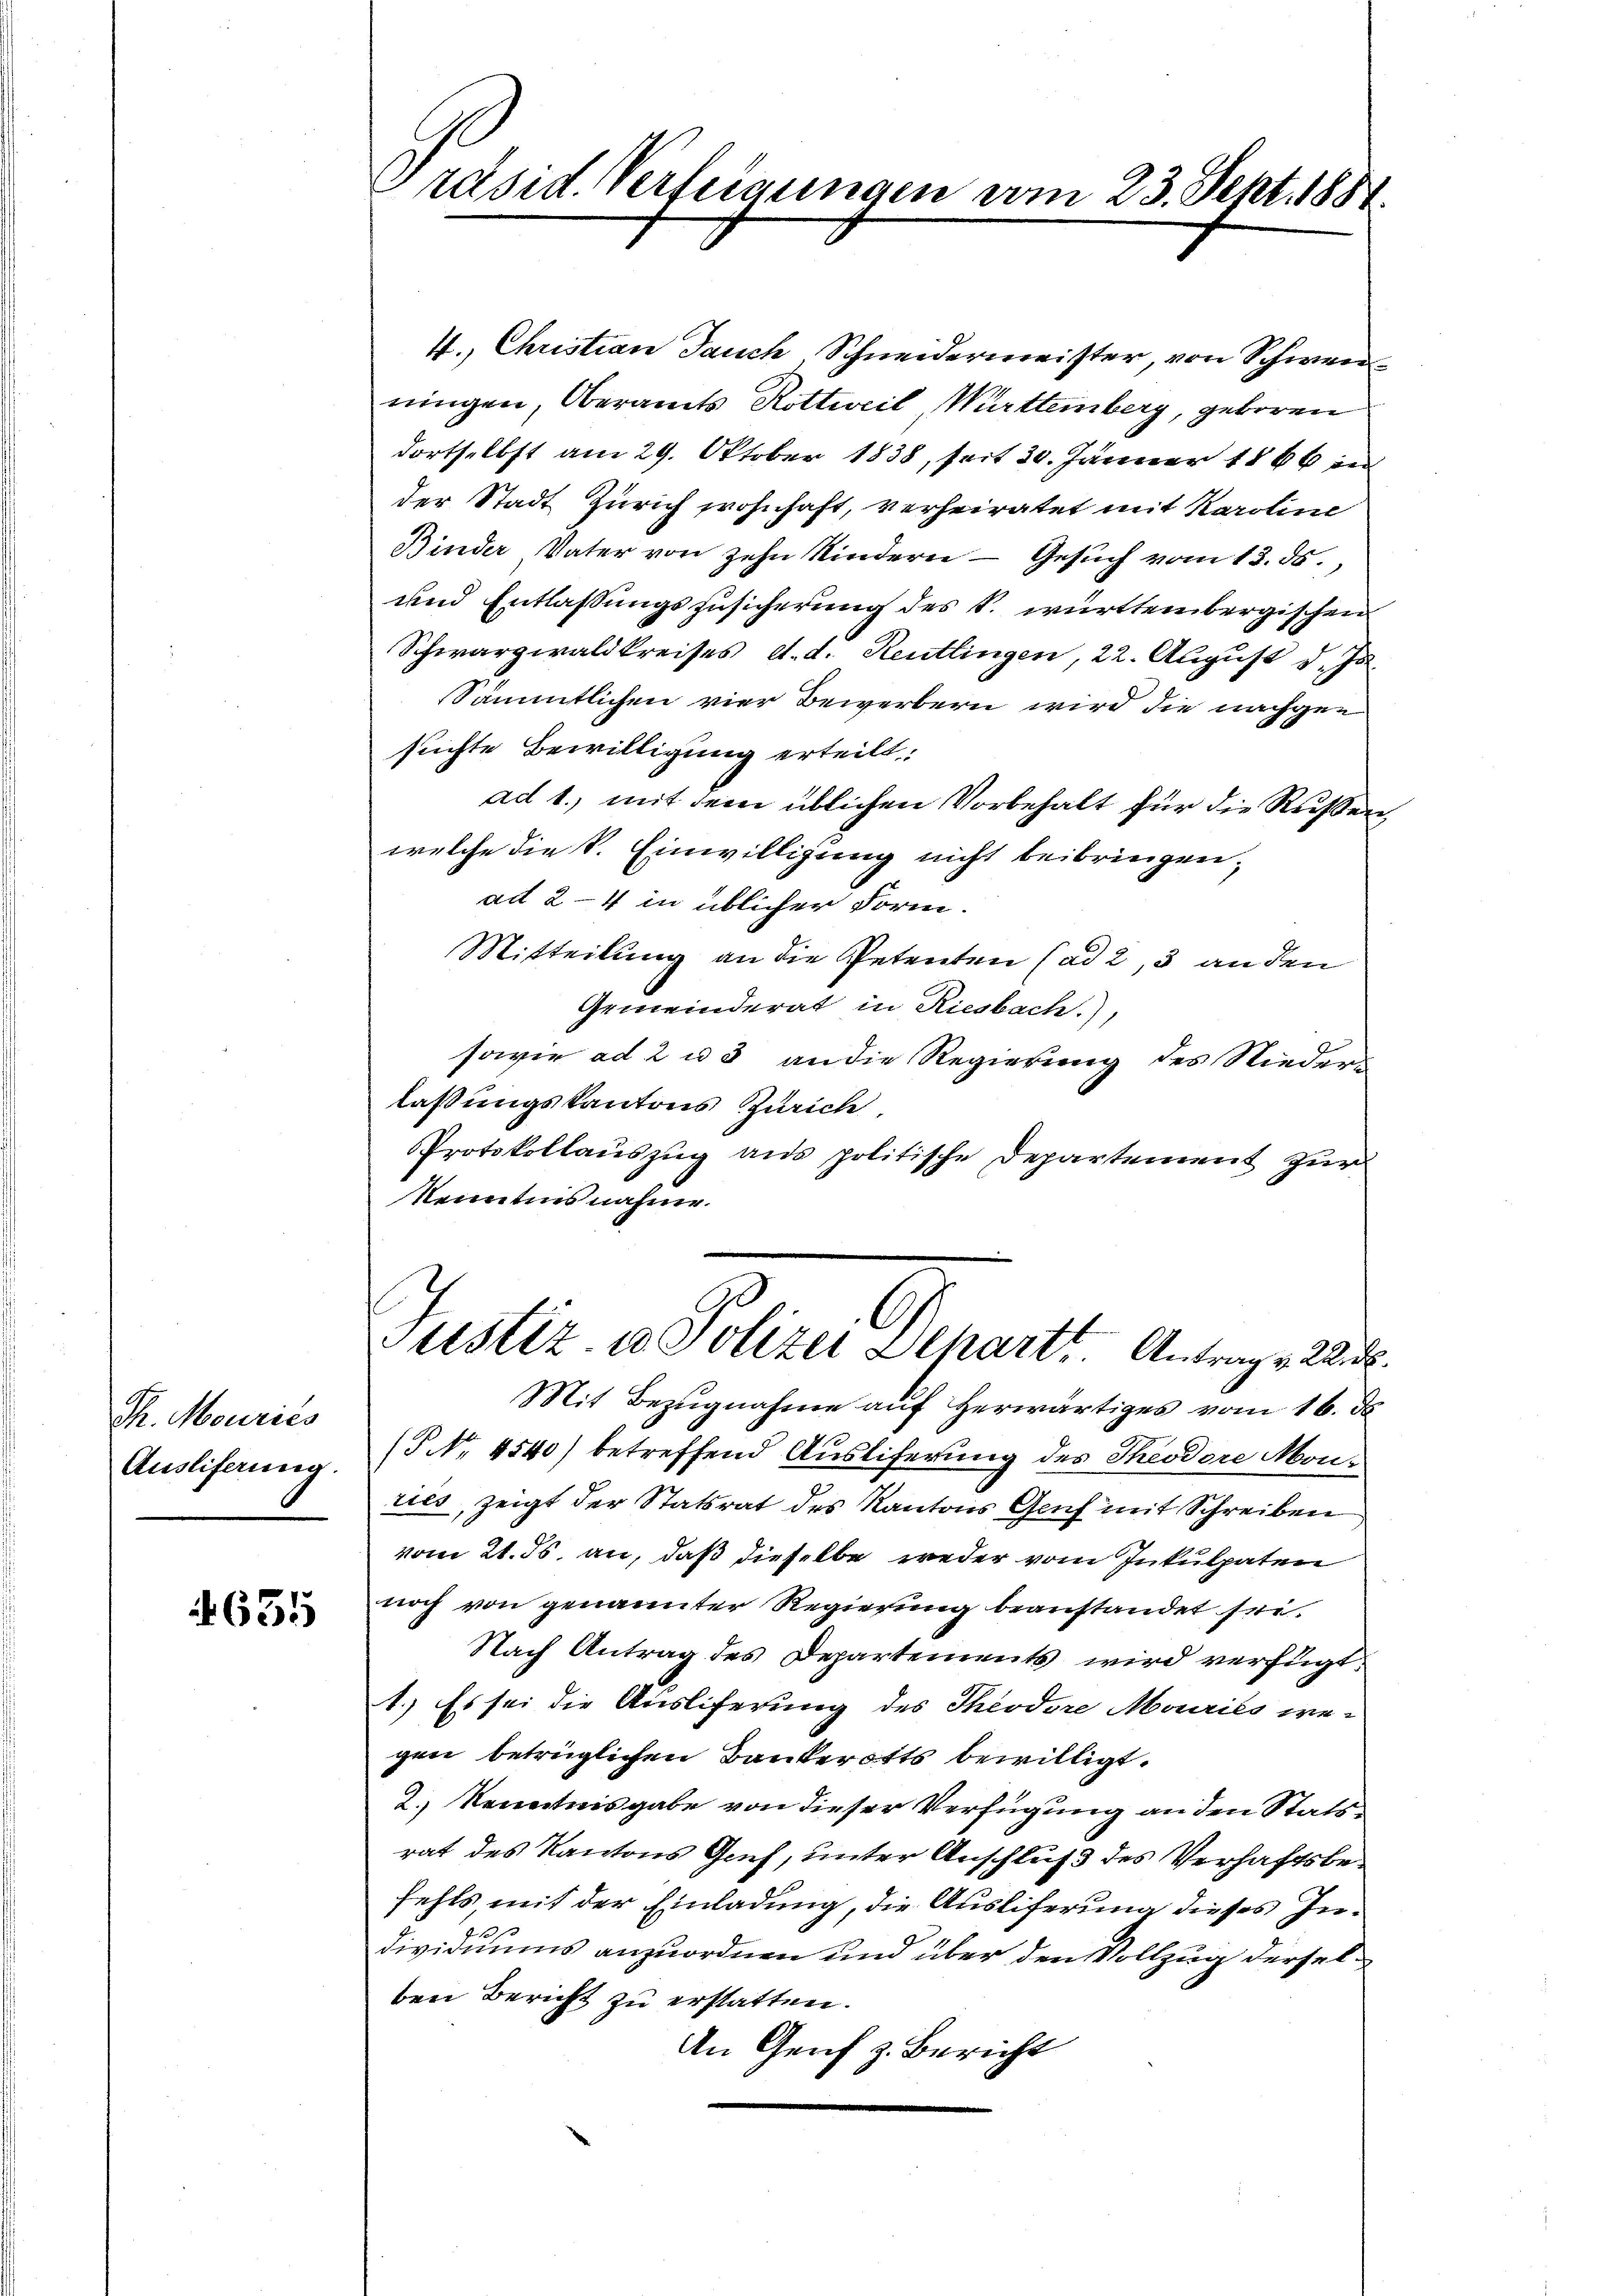
Th. Mouriés
Auslieferung.

635

Präsid. Verfeigungen vom 23. Sept. 1884

4. Christian Jauch Schneidermeister, von Schwenningen, Oberamts Rottweil, Württemberg, geboren
dortselbst am 29. Oktober 1838, seit 30. Jänner 1866 in
der Stadt Zürich wohnhaft, verheiratet mit Karoline
Binder Vater von zehn Kindern — Gesuch vom 13. ds.,
und Entlassungszusicherung des S. württembergischen
Schwarzwaldkreises, d. d. Reutlingen, 22. August d. Js.
Sämmtlichen vier Bewerbern wird die nachgen
suchte Bewilligung erteilt:
ad 1., mit dem üblichen Vorbehalt für die Rußerwelche die S. Einwilligung nicht beibringen,
ad 2-4 in üblicher Form.
Mitteilung an die Petenten (ad 2, 3 an den
Gemeinderat in Riesbach.),
sowie ad 2 u 3 an die Regierung des Nieder-
laßungskantons Zürich
Protokollauszug aus politische Departement zur
kenntnis nahme.
Justiz u. Polizei Schartt Antrag & 22. d.
Mit Bezugnahme auf herwärtiges vom 16. de
( NNo. 4540) betreffend Ausliferung des Theodore Monties, zeigt der Statsrat des Kantons Genf mit Schreiben
vom 21. ds. an, daß dieselbe weder vom Inkulpaten
noch von genannter Regierung beanstandet sei.
Nach Antrag des Departements wird verfügt:
1.) Es sei die Ausliferung des Theodore Mouries wegen betrüglichen Bankerotts bewilligt.
2.) Kenntnisgabe von dieser Verfügung an den Statsrat des Kantons Genf, unter Anschluß des Verhaftsbefehls, mit der Einladung, die Auslieferung dieses In¬
Dividuums anzuordnen und über den Vollzug derselben Bericht zu erstatten.
An Genf z. Bericht